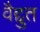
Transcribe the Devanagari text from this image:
वैद्दुत